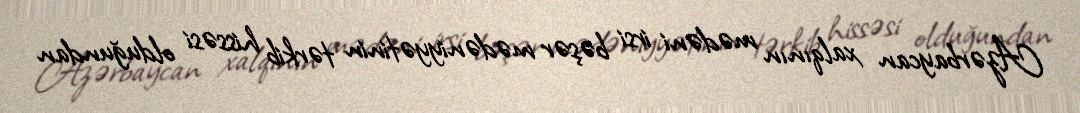
Azərbaycan xalqının mədəni irsi bəşər mədəniyyətinin tərkib hissəsi olduğundan